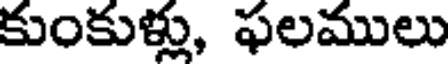
కుంకుళ్లు, ఫలములు